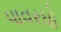
પાવરધો